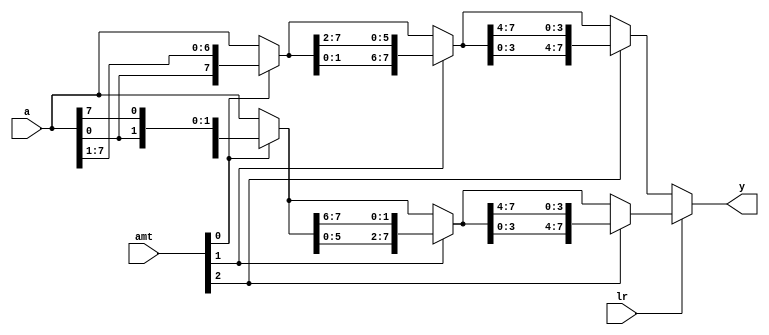
`timescale 1ns / 1ps
//////////////////////////////////////////////////////////////////////////////////
// Company: 
// Engineer: 
// 
// Design Name: 
// Module Name: left_right_barrel_shifter
// Project Name: 
// Target Devices: 
// Tool Versions: 
// Description: 
// 
// Dependencies: 
// 
// Revision:
// Revision 0.01 - File Created
// Additional Comments:
// 
//////////////////////////////////////////////////////////////////////////////////

//
module barrel_shifter_lr_8b(
    input [7:0] a,        //input bits to be shifted
    input lr,             //specifies shift direction by 1 bit. If 0, shift left. If 1, shift right
    input [2:0] amt,            //amount of bits to shift
    output reg [7:0] y    //shifted output bits either left or right
    );
    
    //stage registers to store shift values based on amt bit shift selection
    reg [7:0] s0, s1;
    
    always @*
        begin
            if(lr) //if 1, shift left. MSB set to LSB
                begin
                    s0 = amt[0] ? {a[6:0], a[7]} : a; //shift 1 or 0 bit left
                    s1 = amt[1] ? {s0[5:0], s0[7:6]} : s0; //shift 2 or 0 bits left
                    y  = amt[2] ? {s1[3:0], s1[7:4]} : s1; //shift 4 or 0 bits left
                end
            else  //if 0, shift right. LSB set to MSB
                begin
                    s0 = amt[0] ? {a[0], a[7:1]} : a; //shift 1 or 0 bit right
                    s1 = amt[1] ? {s0[1:0], s0[7:2]} : s0; //shift 2 or 0 bits right
                    y  = amt[2] ? {s1[3:0], s1[7:4]} : s1; //shift 4 or 0 bits right
                end
        end
    
endmodule